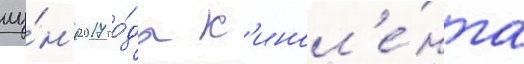
иу́н'я 2017 го́да к'инол'е́нта